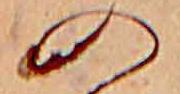
の